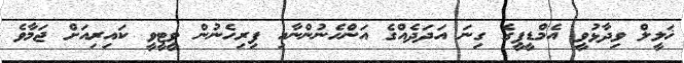
ޚަލީލް ވިދާޅުވީ އެމްޑީޕީގެ ގިނަ އަދަދެއްގެ އަންހެނުންނާއި ފިރިހެނުން ވީޓީވީ ކައިރިއަށް ޖަމާވެ